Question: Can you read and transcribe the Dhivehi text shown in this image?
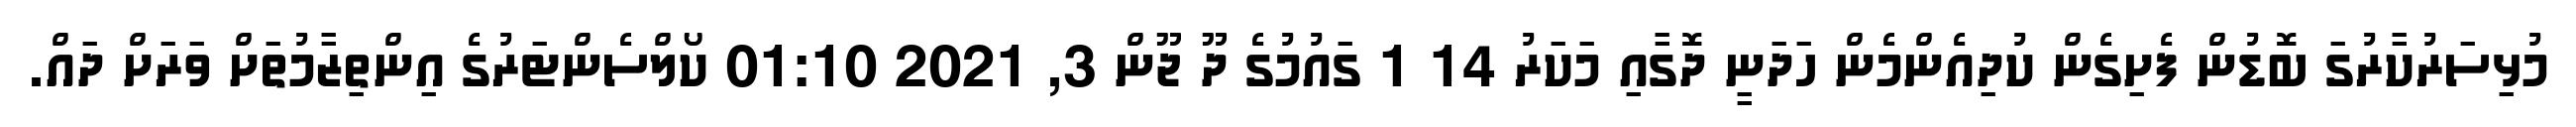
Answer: މުޅިސަރުކާރުގަ ބޮޑުން ފެށިގެން ކުދިއެންމެން ހަދަނީ ދޮގާއި މަކަރު 14 1 ގައުމުގެ ދޫ ޖޫން 3, 2021 01:10 ކޯލްސެންޓަރުގެ އިންތިޒާމުތަށް ވަރަށް ދައް.